Indian Civil Veterinary Department memoirs
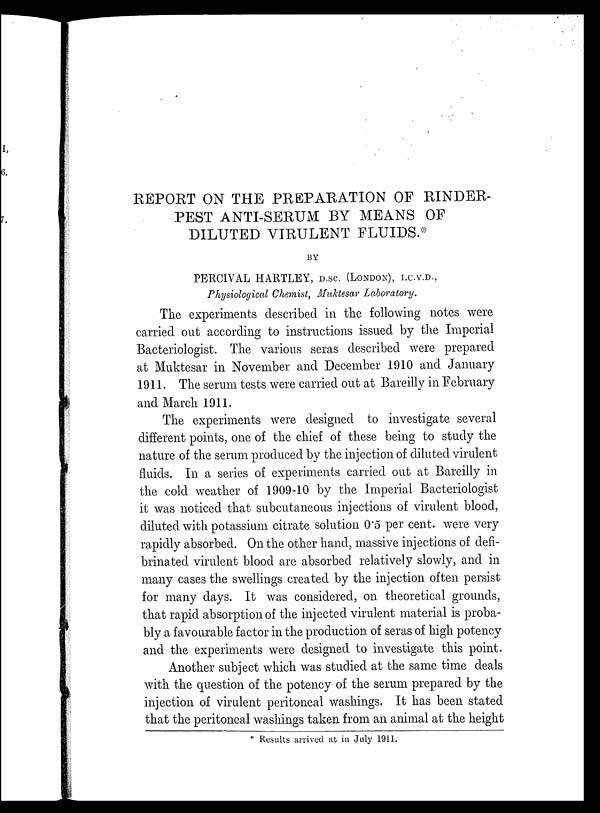
REPORT ON THE PREPARATION OF RINDER-
PEST ANTI-SERUM BY MEANS OF
DILUTED VIRULENT FLUIDS.*
BY
PERCIVAL HARTLEY, D.Sc. (LONDON), I.C.V.D.,
Physiological Chemist, Muktesar Laboratory.
The experiments described in the following notes were
carried out according to instructions issued by the Imperial
Bacteriologist. The various seras described were prepared
at Muktesar in November and December 1910 and January
1911. The serum tests were carried out at Bareilly in February
and March 1911.
The experiments were designed to investigate several
different points, one of the chief of these being to study the
nature of the serum produced by the injection of diluted virulent
fluids. In a series of experiments carried out at Bareilly in
the cold weather of 1909-10 by the Imperial Bacteriologist
it was noticed that subcutaneous injections of virulent blood,
diluted with potassium citrate solution 0.5 per cent. were very
rapidly absorbed. On the other hand, massive injections of defi-
brinated virulent blood are absorbed relatively slowly, and in
many cases the swellings created by the injection often persist
for many days. It was considered, on theoretical grounds,
that rapid absorption of the injected virulent material is proba-
bly a favourable factor in the production of seras of high potency
and the experiments were designed to investigate this point.
Another subject which was studied at the same time deals
with the question of the potency of the serum prepared by the
injection of virulent peritoneal washings. It has been stated
that the peritoneal washings taken from an animal at the height
* Results arrived at in July 1911.